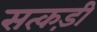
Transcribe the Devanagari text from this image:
सत्कड़ी